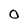
Character: O